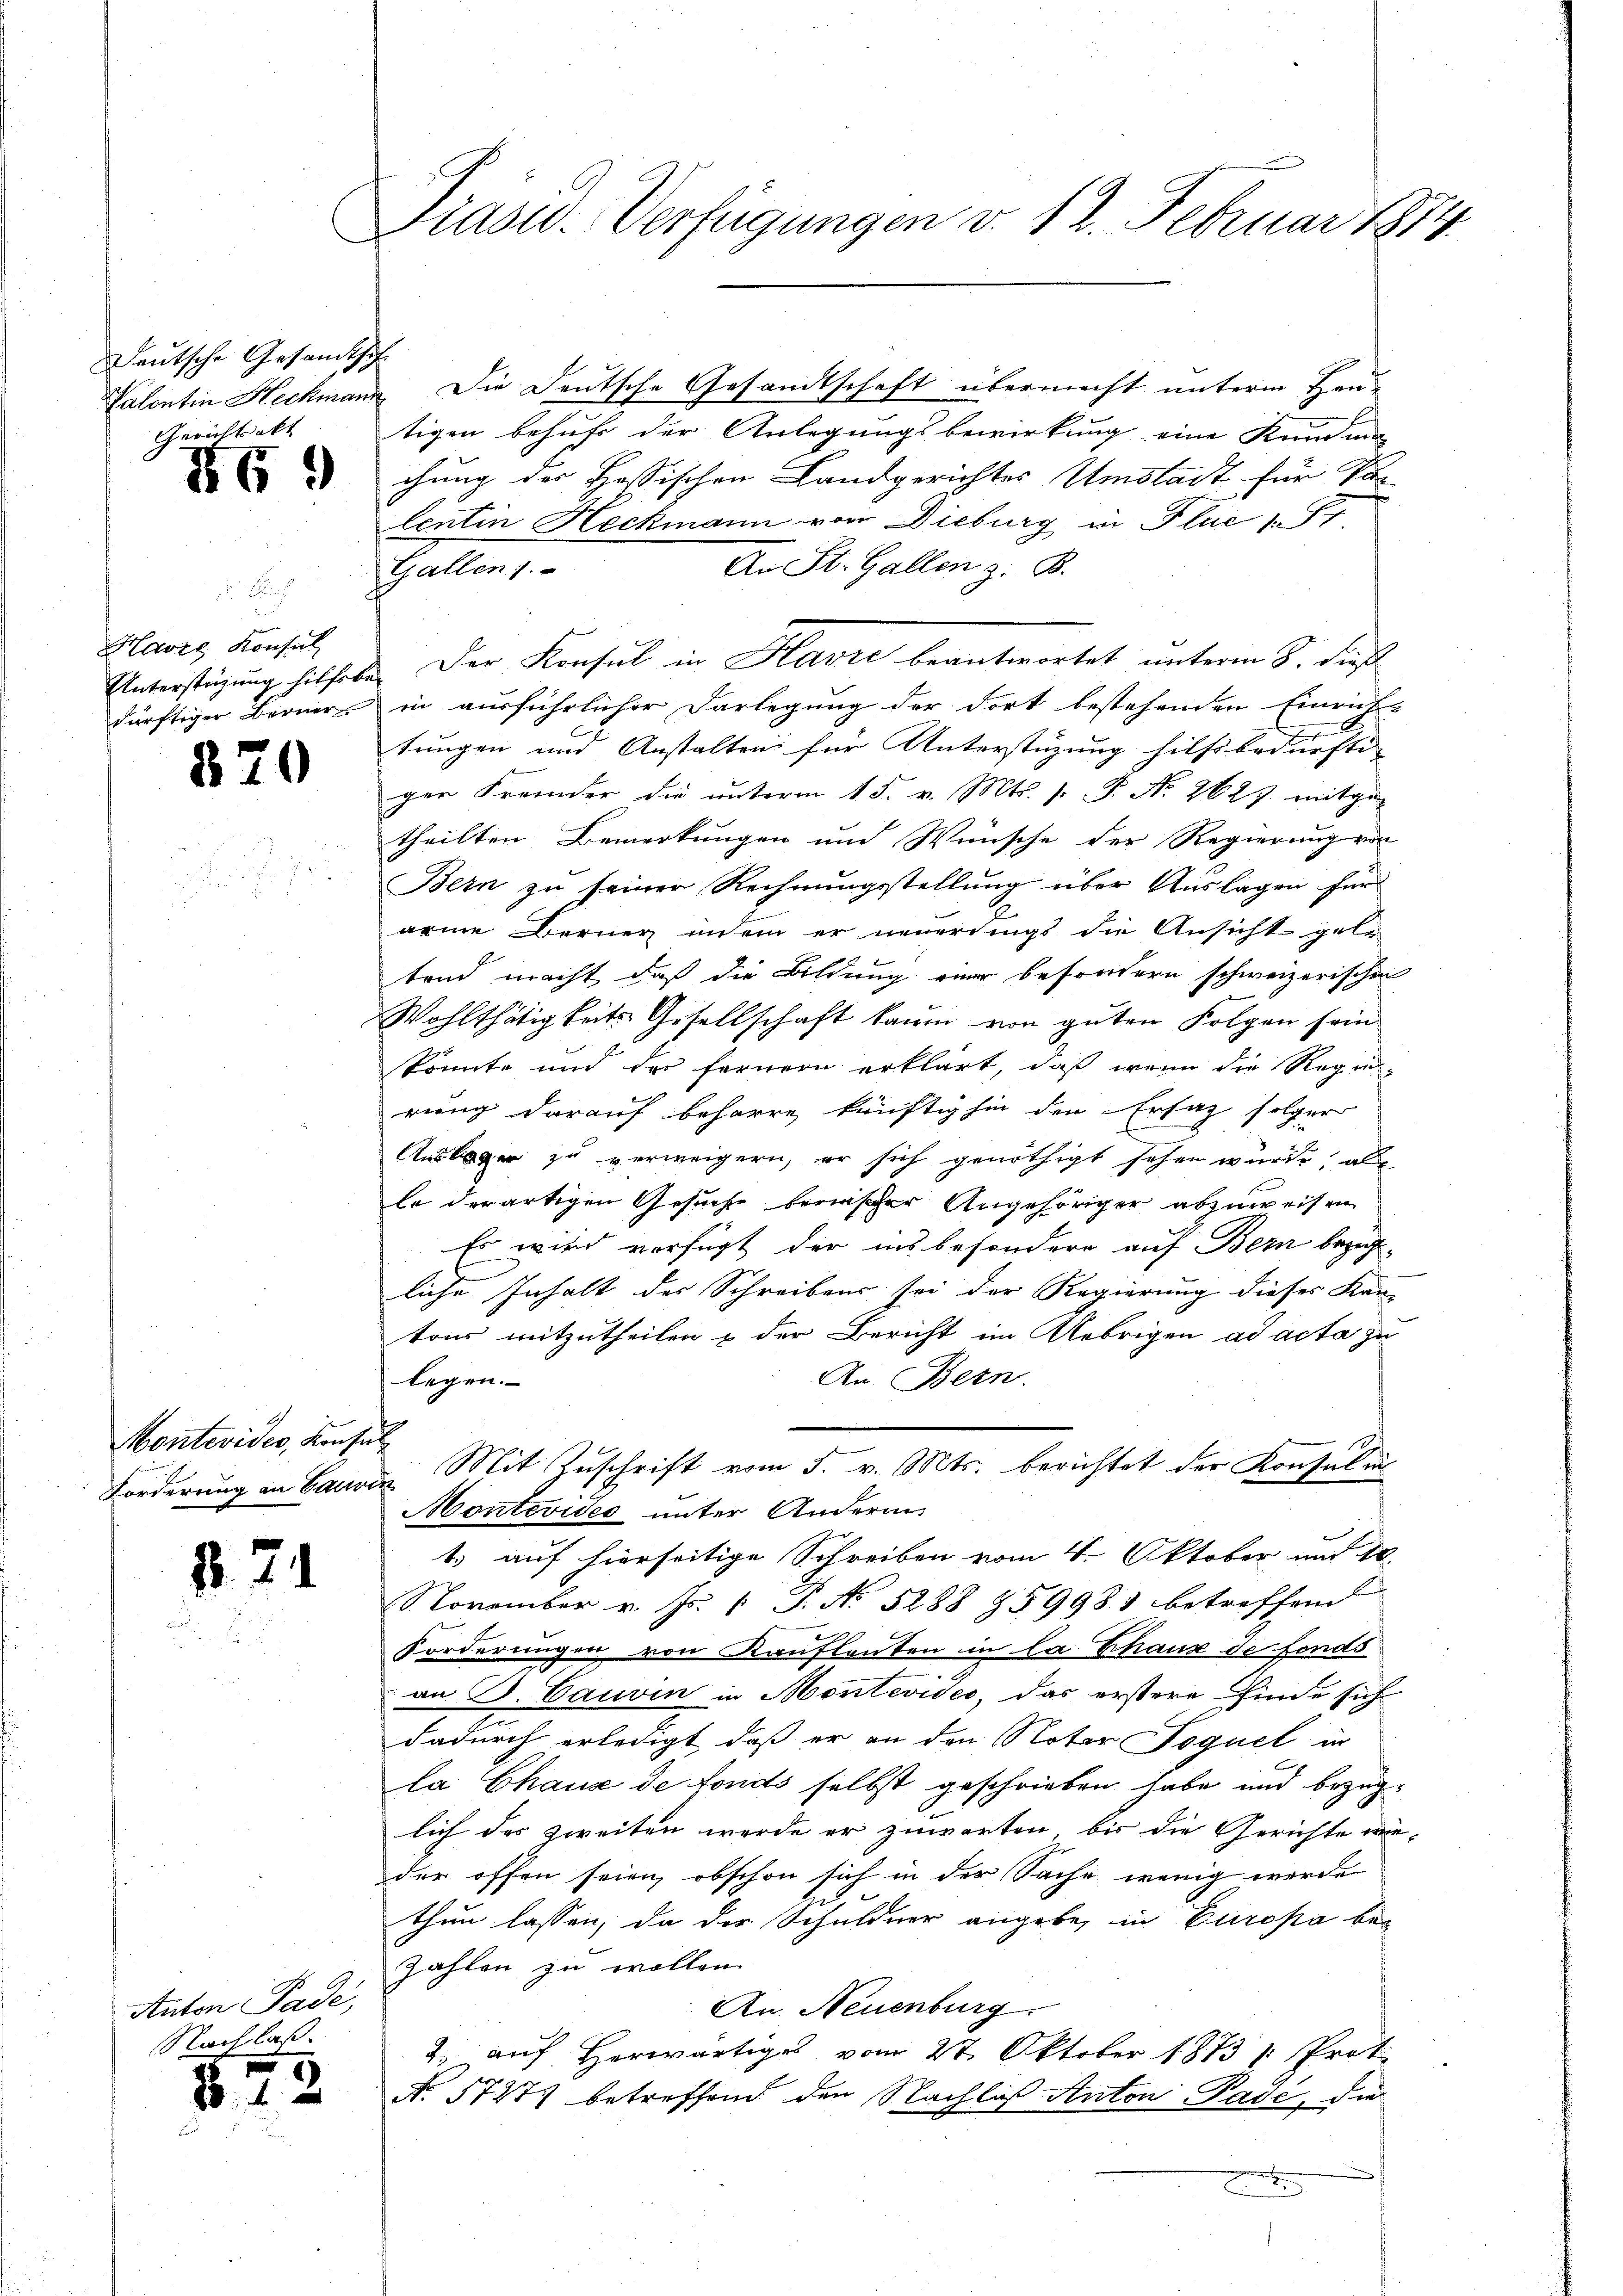
Deutsche Gesandtsch
Gerichtsakt

NG 9

Havre Konsich

32

Montevides, Konsul
Forderung an Gaunen

2. 71

Anton Pade,
Nachlaß.

82

0

3

Präsid. Verfügungen d. 12. Februar 1874.

Valentin Heckmann Die Deutsche Gesandtschaft übermacht unterm Hautigen behufs der Anlegungsbewirkung eine Kunding
chung der Hassischen Landgerichtes Umstadt für Va-
lentin Heckmann von Dieburg in Flue 177
An St. Gallen z. B.
Gallen.
Unterstüzung hilhabe. Der Konsul in Havre beantwortet unterm 8. dieß
dürftiger Berners in ausführlicher Darlegung der dort bestehenden Einrichs
tungen und Anstalten für Unterstüzung hilfsbedurftiger Fremder die ŭnterm 15. v. Mts. s. S. Nr. 2627 mitge-
theilten Bemerkungen und Wünsche der Regierung von
Bern zu seiner Rechnungsstellung über Auslagen für
arme Berner indem er neuerdings die Ansicht gele
tend macht, daß die Bildung einer besondern schweizerischen
Wohlthätigkeits Gesellschaft kaum von guten Folgen sein
könnte und der fernern erklärt, daß wenn die Regierung darauf beharre, künftighin den Ersaz folger
Auslager zu verweigern, er sich genöthigt sehen wurde, all
le derartigen Gesuche berischer Angehöriger abzuweisen
Es wird verfügt der insbesondere auf Bern bezüg-
liche Inhalt der Schreibens sei der Regierung dieses Kan-
tons mitzutheilen & der Bericht im Uebrigen ad acta zu
An Bern.
legen.
Mit Zuschrift vom 5. v. Mts. berichtet der Konsul in
Montevides unter Anderun
1.) auf hierseitige Schreiben vom 4. Oktober und d
November v. Js. (T. No 5288 959981 betreffend
Forderungen von Kaufleuten in la Chaux de fonds
an D. Cauvin in Montevides, das erstere finde sich
dadurch erledigt, daß er an den Noter Poguel in
la Chaus de fonds selbst geschrieben habe und bezüglich des zweiten werde er zuwarten, bis die Gerichte wie-
der offen seien, obschon sich in der Sache wenig werde
thun lassen, da der Schuldner angebe, in Europa be¬
Zahlen zu wollen.
An. Neuenburg
2. auf herwärtiges vom 27. Oktober 1873 1. Prot
N. 57277 betreffend den Nachlaß Anton Pade, die